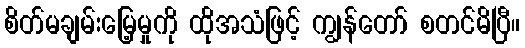
စိတ်မချမ်းမြေ့မှုကို ထိုအသံဖြင့် ကျွန်တော် စတင်မိပြီ။